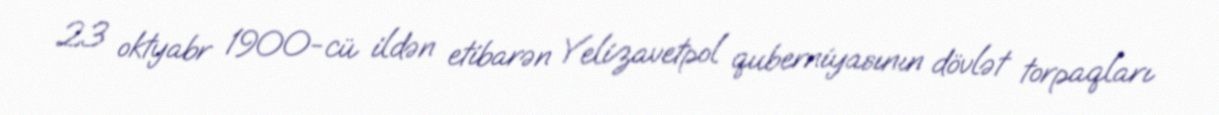
23 oktyabr 1900-cü ildən etibarən Yelizavetpol quberniyasının dövlət torpaqları